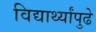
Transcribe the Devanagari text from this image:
विद्यार्थ्यांपुढे